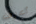
أعرف